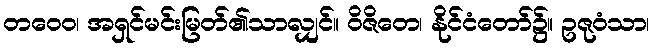
တဝေဝ၊ အရှင်မင်းမြတ်၏သာလျှင်။ ဝိဇိတေ၊ နိုင်ငံတော်၌။ ဥဇုဝံသာ၊